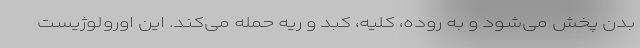
بدن پخش می‌شود و به روده، کلیه، کبد و ریه حمله می‌کند. این اورولوژیست